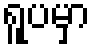
ရူပမှာ